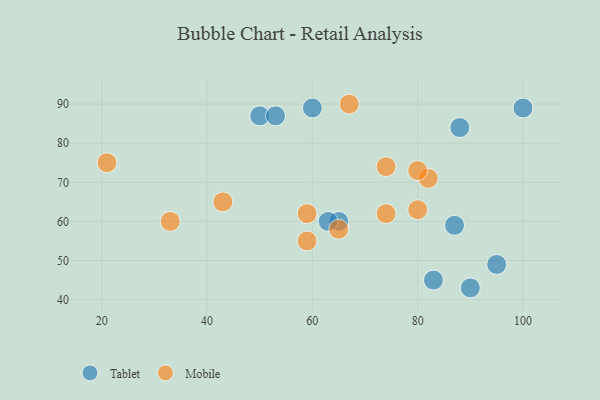
{"axis": {"x": "GDP", "y": "Life Expectancy"}, "legend": ["Mobile", "Tablet"], "data": [{"x": "50", "y": 87, "type": "Tablet"}, {"x": "88", "y": 84, "type": "Tablet"}, {"x": "65", "y": 60, "type": "Tablet"}, {"x": "95", "y": 49, "type": "Tablet"}, {"x": "83", "y": 45, "type": "Tablet"}, {"x": "90", "y": 43, "type": "Tablet"}, {"x": "63", "y": 60, "type": "Tablet"}, {"x": "87", "y": 59, "type": "Tablet"}, {"x": "53", "y": 87, "type": "Tablet"}, {"x": "100", "y": 89, "type": "Tablet"}, {"x": "60", "y": 89, "type": "Tablet"}, {"x": "82", "y": 71, "type": "Mobile"}, {"x": "65", "y": 58, "type": "Mobile"}, {"x": "33", "y": 60, "type": "Mobile"}, {"x": "74", "y": 74, "type": "Mobile"}, {"x": "67", "y": 90, "type": "Mobile"}, {"x": "80", "y": 63, "type": "Mobile"}, {"x": "74", "y": 62, "type": "Mobile"}, {"x": "59", "y": 62, "type": "Mobile"}, {"x": "80", "y": 73, "type": "Mobile"}, {"x": "21", "y": 75, "type": "Mobile"}, {"x": "43", "y": 65, "type": "Mobile"}, {"x": "59", "y": 55, "type": "Mobile"}]}